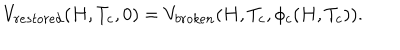
V _ { r e s t o r e d } ( H , T _ { c } , 0 ) = V _ { b r o k e n } ( H , T _ { c } , \phi _ { c } ( H , T _ { c } ) ) .